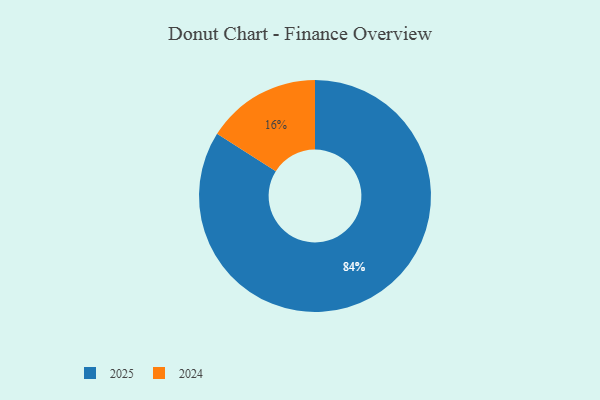
{"axis": {"x": "Category", "y": "Percentage"}, "legend": ["2024", "2025"], "data": [{"x": "2025", "y": 84, "type": "2025"}, {"x": "2024", "y": 16, "type": "2024"}]}